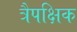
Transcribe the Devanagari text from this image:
त्रैपक्षिक